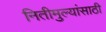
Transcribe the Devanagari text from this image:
नितीमुल्यांसाठी